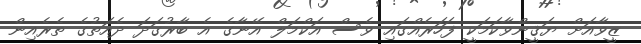
ޒީވާއަށް ޔަޤީންވާކަމަކީ ފަހަރެއްގައި ވެސް އަކްމަލް އޭނާގެ އެ ބާރުގަދަ ދެއަތުގެ ތެރެއިން